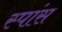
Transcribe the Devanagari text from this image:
स्पांस